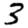
Digit: 3